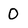
Character: O